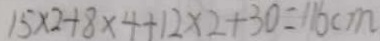
1 5 \times 2 + 8 \times 4 + 1 2 \times 2 + 3 0 = 1 1 6 c m